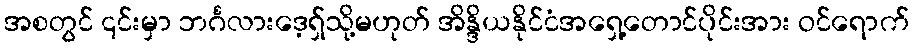
အစတွင် ၎င်းမှာ ဘင်္ဂလားဒေ့ရှ်သို့မဟုတ် အိန္ဒိယနိုင်ငံအရှေ့တောင်ပိုင်းအား ဝင်ရောက်